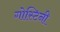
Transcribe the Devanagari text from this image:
गोस्टिनी